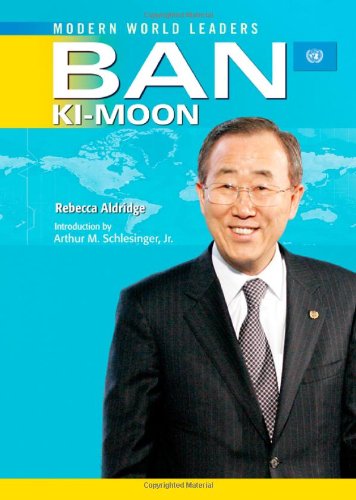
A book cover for Ban Ki-Moon: United Nations Secretary-General (Modern World Leaders); Rebecca Aldridge; Teen & Young Adult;